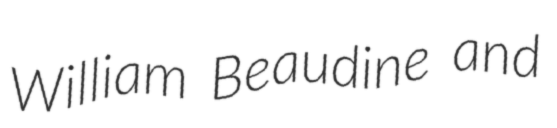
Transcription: William Beaudine and